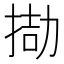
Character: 𢮌